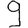
Digit: 9